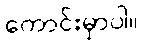
ကောင်းမှာပါ။